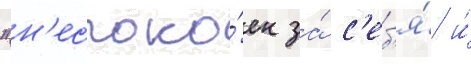
"н'еспоко́ен за́ с'еб'я́ и́